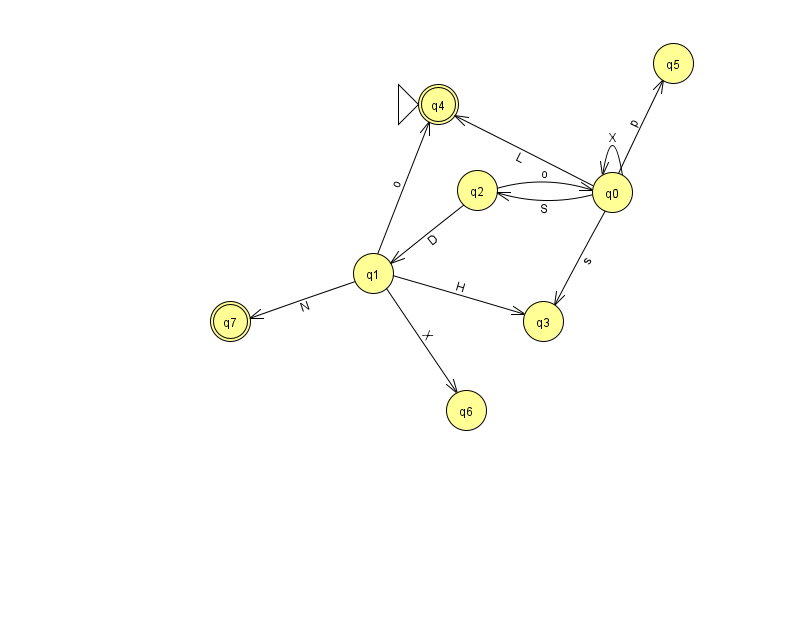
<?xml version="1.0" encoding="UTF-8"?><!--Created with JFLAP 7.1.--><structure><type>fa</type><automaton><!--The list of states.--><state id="0" name="q0"><x>612.0</x><y>179.0</y></state><state id="1" name="q1"><x>373.0</x><y>260.0</y></state><state id="2" name="q2"><x>477.0</x><y>177.0</y></state><state id="3" name="q3"><x>543.0</x><y>308.0</y></state><state id="4" name="q4"><x>438.0</x><y>91.0</y><initial/><final/></state><state id="5" name="q5"><x>673.0</x><y>50.0</y></state><state id="6" name="q6"><x>466.0</x><y>397.0</y></state><state id="7" name="q7"><x>230.0</x><y>308.0</y><final/></state><!--The list of transitions.--><transition><from>1</from><to>4</to><read>o</read></transition><transition><from>1</from><to>6</to><read>X</read></transition><transition><from>0</from><to>5</to><read>p</read></transition><transition><from>1</from><to>3</to><read>H</read></transition><transition><from>0</from><to>4</to><read>L</read></transition><transition><from>2</from><to>0</to><read>o</read></transition><transition><from>0</from><to>0</to><read>X</read></transition><transition><from>0</from><to>3</to><read>s</read></transition><transition><from>0</from><to>2</to><read>S</read></transition><transition><from>2</from><to>1</to><read>D</read></transition><transition><from>1</from><to>7</to><read>N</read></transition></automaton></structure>